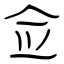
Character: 佥